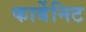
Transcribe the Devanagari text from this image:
कार्बेनिट